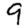
Digit: 9